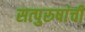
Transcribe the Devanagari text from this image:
सत्‍पुरुषांची